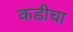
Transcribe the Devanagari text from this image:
कडीचा